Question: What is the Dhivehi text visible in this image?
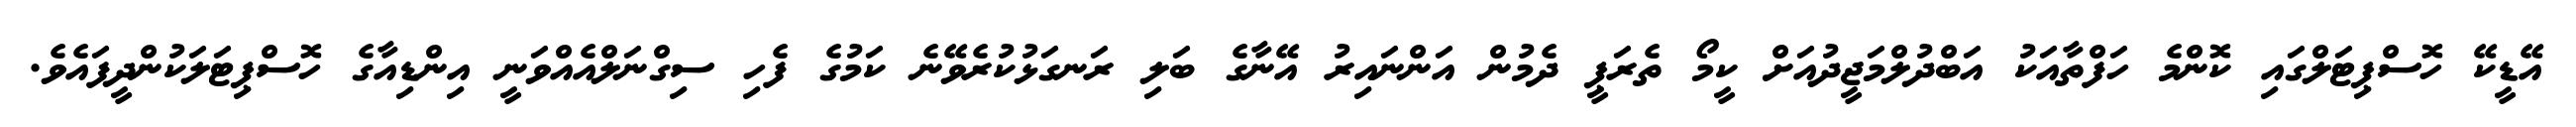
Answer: އޭޑީކޭ ހޮސްޕިޓަލްގައި ކޮންމެ ހަފްތާއަކު އަބްދުލްމަޖީދުއަށް ކީމޯ ތެރަޕީ ދެމުން އަންނައިރު އޭނާގެ ބަލި ރަނގަޅުކުރެވޭނެ ކަމުގެ ފެހި ސިގްނަލްއެއްވަނީ އިންޑިއާގެ ހޮސްޕިޓަލަކުންދީފައެވެ.